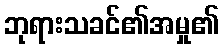
ဘုရားသခင်၏အမှု၏